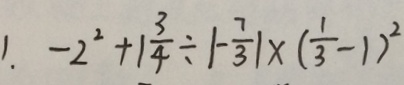
1 . - 2 ^ { 2 } + 1 \frac { 3 } { 4 } \div \vert - \frac { 7 } { 3 } \vert \times ( \frac { 1 } { 3 } - 1 ) ^ { 2 }